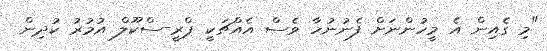
"މި ގެއިން އެ މީހުންނަށް ފެނުނުހާ ވެސް އެއްޗަކީ ޕްރީ-ސްކޫލް އުމުރު ކުދިން